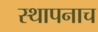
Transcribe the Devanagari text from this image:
स्थापनाच